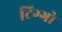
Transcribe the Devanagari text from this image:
टिग्गो